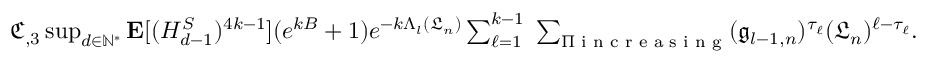
\begin{array} { r } { \mathfrak { C } _ { , 3 } \operatorname* { s u p } _ { d \in \mathbb { N } ^ { * } } \mathbf { E } [ ( H _ { d - 1 } ^ { S } ) ^ { 4 k - 1 } ] ( e ^ { k B } + 1 ) e ^ { - k \Lambda _ { l } ( \mathfrak { L } _ { n } ) } \sum _ { \ell = 1 } ^ { k - 1 } \; \sum _ { \Pi \textrm { i n c r e a s i n g } } ( \mathfrak { g } _ { l - 1 , n } ) ^ { \tau _ { \ell } } ( \mathfrak { L } _ { n } ) ^ { \ell - \tau _ { \ell } } . } \end{array}